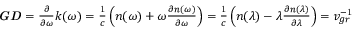
{ \begin{array} { l } { { \boldsymbol { \it { G D } } } = { \frac { \partial } { \partial \omega } } k \mathrm { ( } \omega \mathrm { ) } = { \frac { \mathrm { 1 } } { c } } \left( n \mathrm { ( } \omega \mathrm { ) } + \omega { \frac { \partial n \mathrm { ( } \omega \mathrm { ) } } { \partial \omega } } \right) = { \frac { \mathrm { 1 } } { c } } \left( n \mathrm { ( } \lambda \mathrm { ) } - \lambda { \frac { \partial n \mathrm { ( } \lambda \mathrm { ) } } { \partial \lambda } } \right) = v _ { g r } ^ { \mathrm { - } \mathrm { 1 } } } \end{array} }